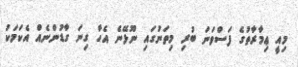
މިއީ ޢިމާރާތުގެ ފަސްވަނަ ބުރި މިތަނުގައި ނޫޅޭނެ އެހާ ގިނަ ގާޑުންނެއް އެކަމަކު